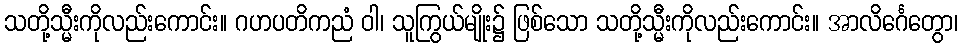
သတို့သ္မီးကိုလည်းကောင်း။ ဂဟပတိကညံ ဝါ၊ သူကြွယ်မျိုး၌ ဖြစ်သော သတို့သ္မီးကိုလည်းကောင်း။ အာလိင်္ဂေတွော၊